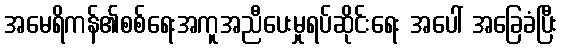
အမေရိကန်၏စစ်ရေးအကူအညီပေးမှုရပ်ဆိုင်းရေး အပေါ် အခြေခံပြီး